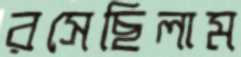
রসেছিলাম